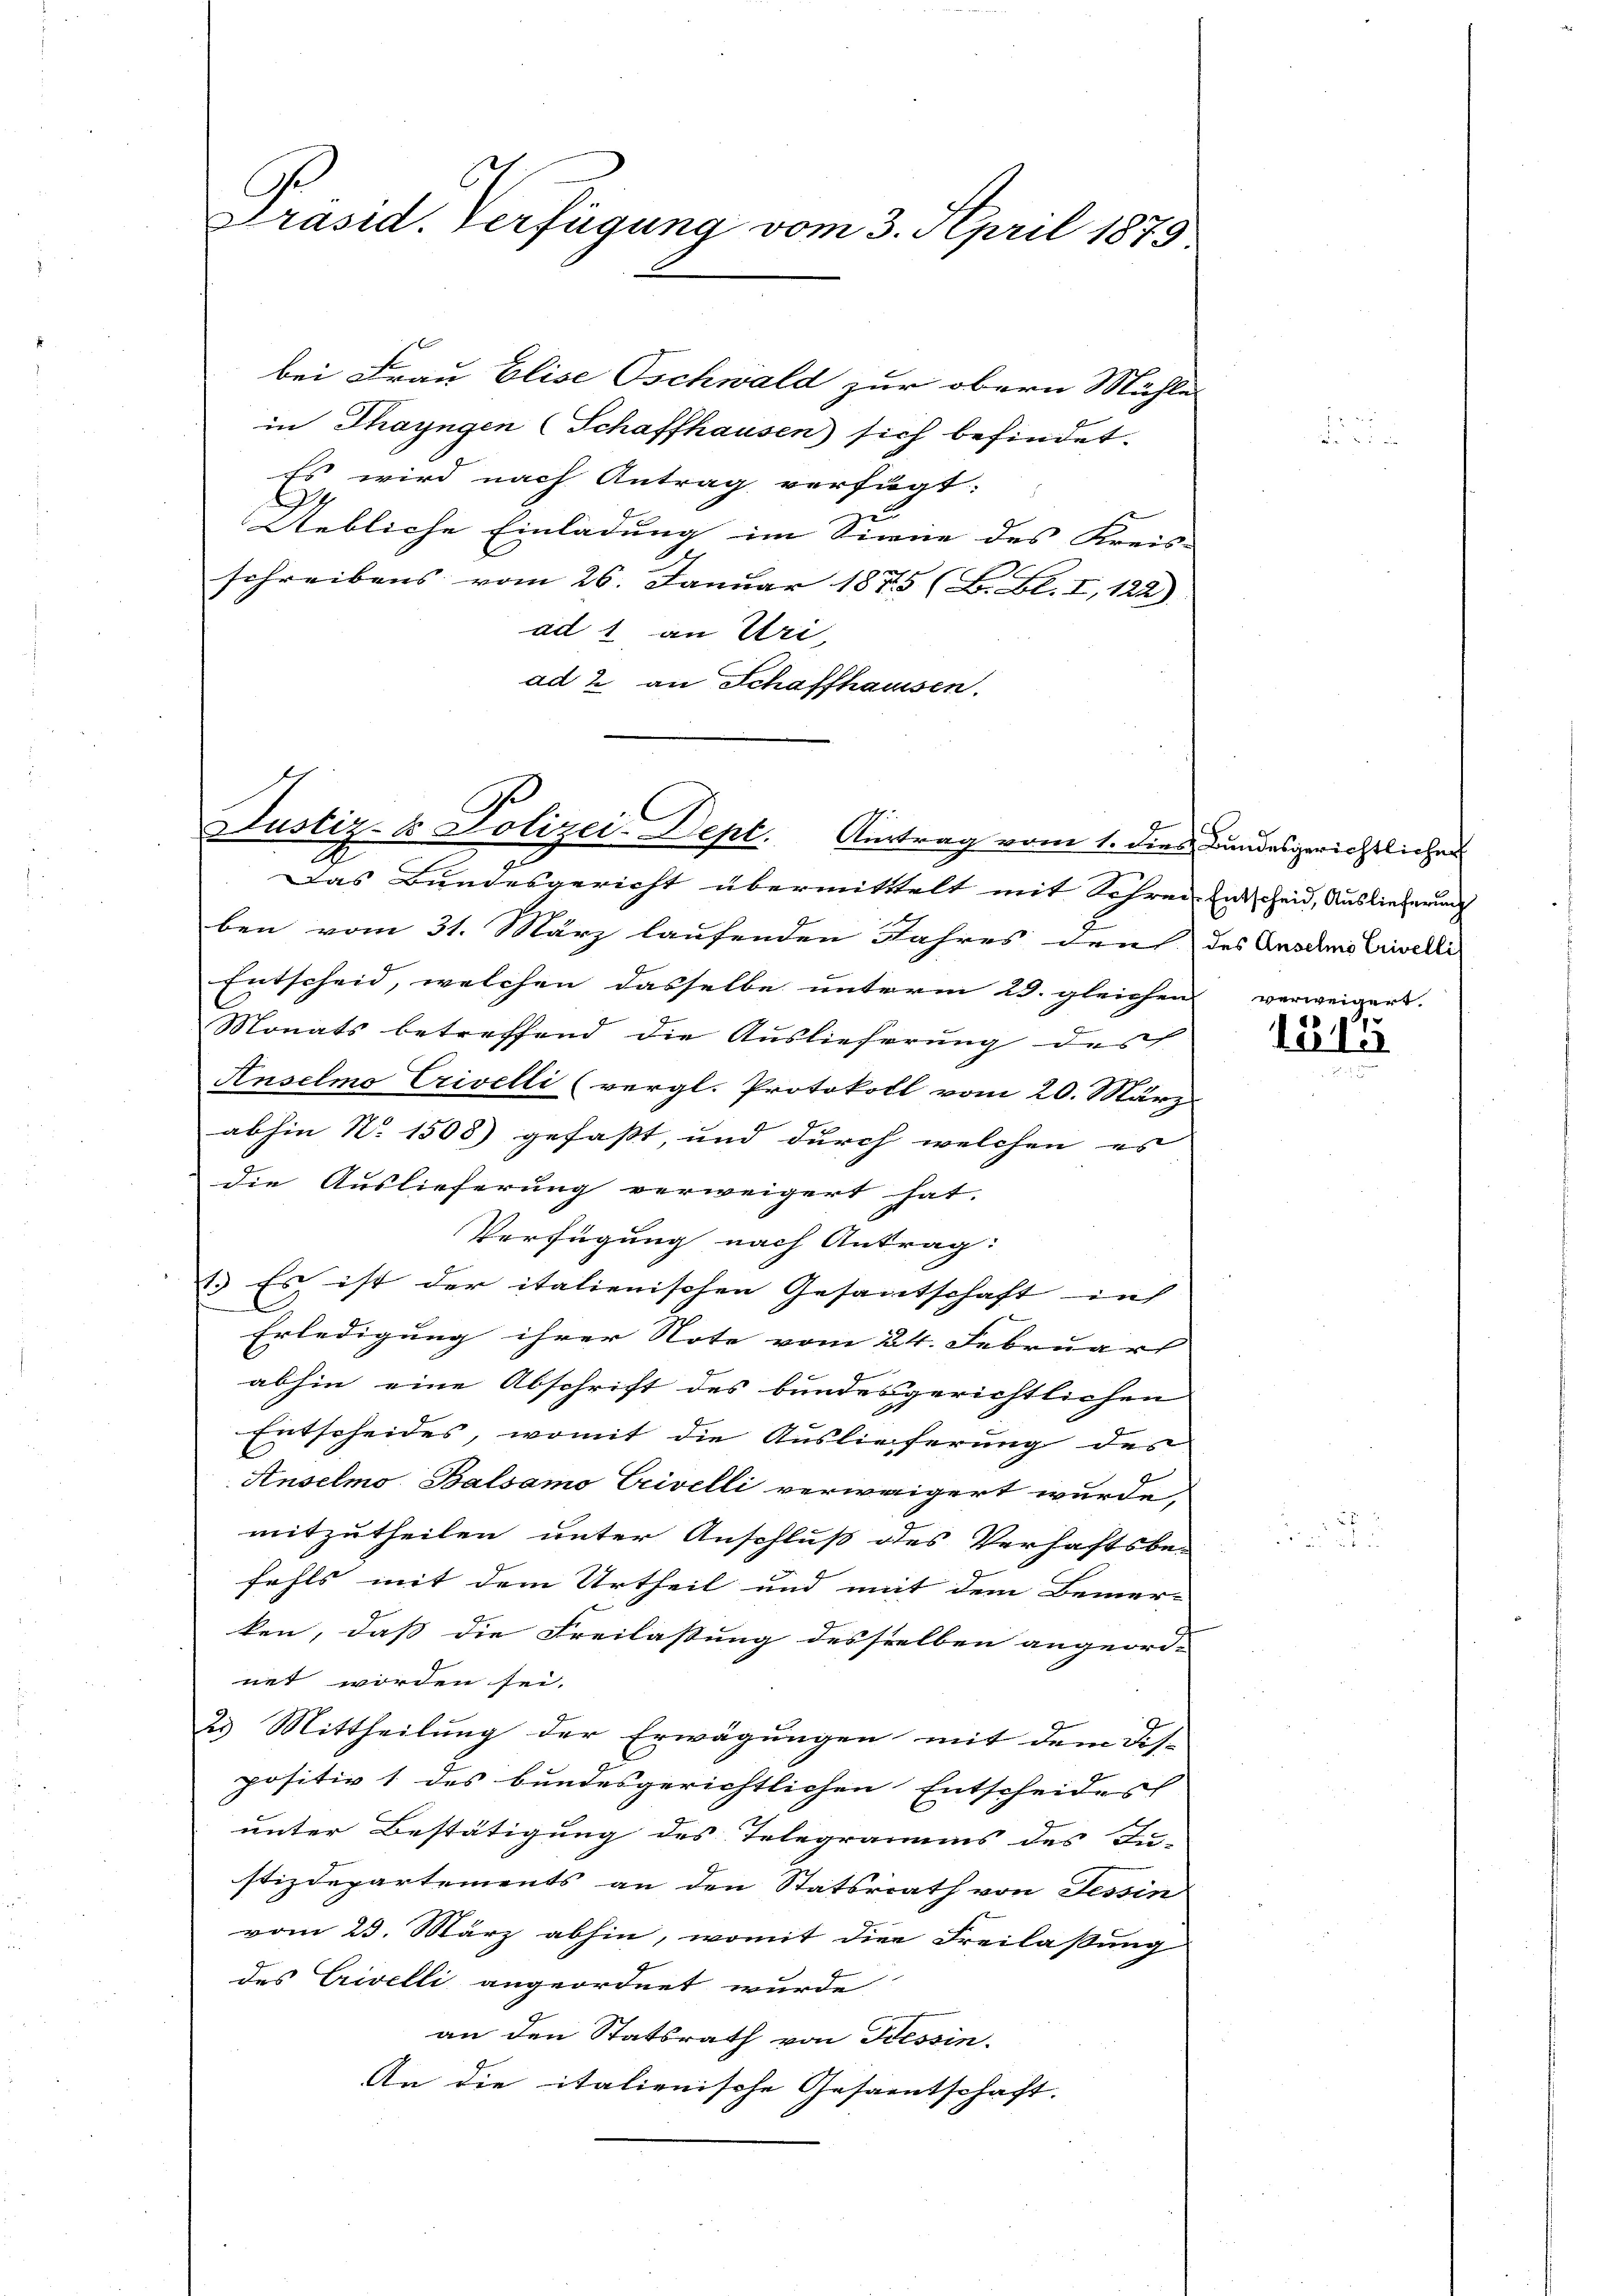
Präsid. Verfügung vom 3. April 1873.

bei Frau Elise Oschwald zur obern Mühle
in Thayngen (Schaffhausen) sich befindet.
Es wird nach Antrag verfügt:
9
Uebliche Einladung im Sinne des Kreis- |
schreibens vom 26. Januar 1875 (B. Bl. I, 122)
ad 1 an Uri,
ad 2 an Schaffhaussen.

Justiz- & Polizei-Dept. Austrag vom 1. dies Bundesgerichtlichen

Das Bundesgericht übermittelt mit Schren Entscheid, Auslieferung
ben vom 31. März laufenden Jahres den des Anschi livelli
Entscheid, welchen dasselbe unterm 23. gleichen
Monats betreffend die Auslieferung des
Anselmo Crivelli (vergl. Protokoll vom 20. März
abhin No 1508) gefaßt, und durch welchen es
die Auslieferung verweigert hat.
Verfügung nach Antrag:
23 Es ist der italienischen Gesantschaft in
Erledigung ihrer Note vom 24. Februars
abhin eine Abschrift des bundesgerichtlichen |
Entscheides, womit die Auslieferung des
Anselmo Balsamo Crivelli verweigert wurde,
mitzutheilen unter Anschluß des Verhaftsbefehls mit dem Urtheil und mit dem Bemer- |
ken, daß die Freilastung desselben angeord- |
net worden sei.
23. Mittheilung der Erwägungen mit dem Dis-
positiv 1 des bundesgerichtlichen Entscheides
unter Bestätigung des Telegramms des Ju-
stizdepartements an den Statsrath von Tessin
vom 23. März abhin, womit die Freilaßung
des Crivelli angeordnet wurde
an den Statsrath von Tessin.
An die italienische Gesamtschaft.

verweigert
1815